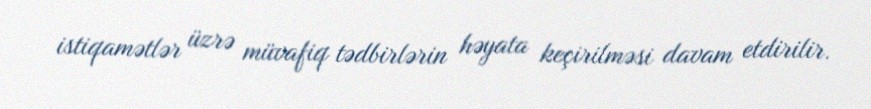
istiqamətlər üzrə müvafiq tədbirlərin həyata keçirilməsi davam etdirilir.